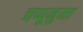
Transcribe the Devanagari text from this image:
चप्पूनुमा